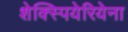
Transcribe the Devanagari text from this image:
शेक्स्पियेरियेना